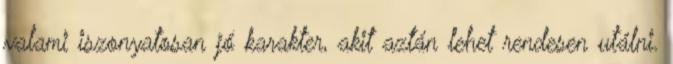
valami iszonyatosan jó karakter, akit aztán lehet rendesen utálni.